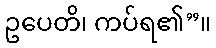
ဥပေတိ၊ ကပ်ရ၏”။